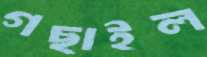
গছাইল